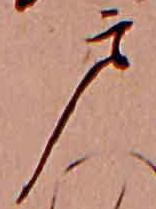
戸